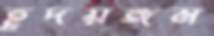
হূদয়ঙ্গম